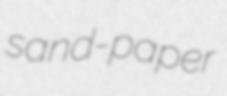
sand-paper